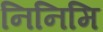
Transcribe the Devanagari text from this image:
निनिमि